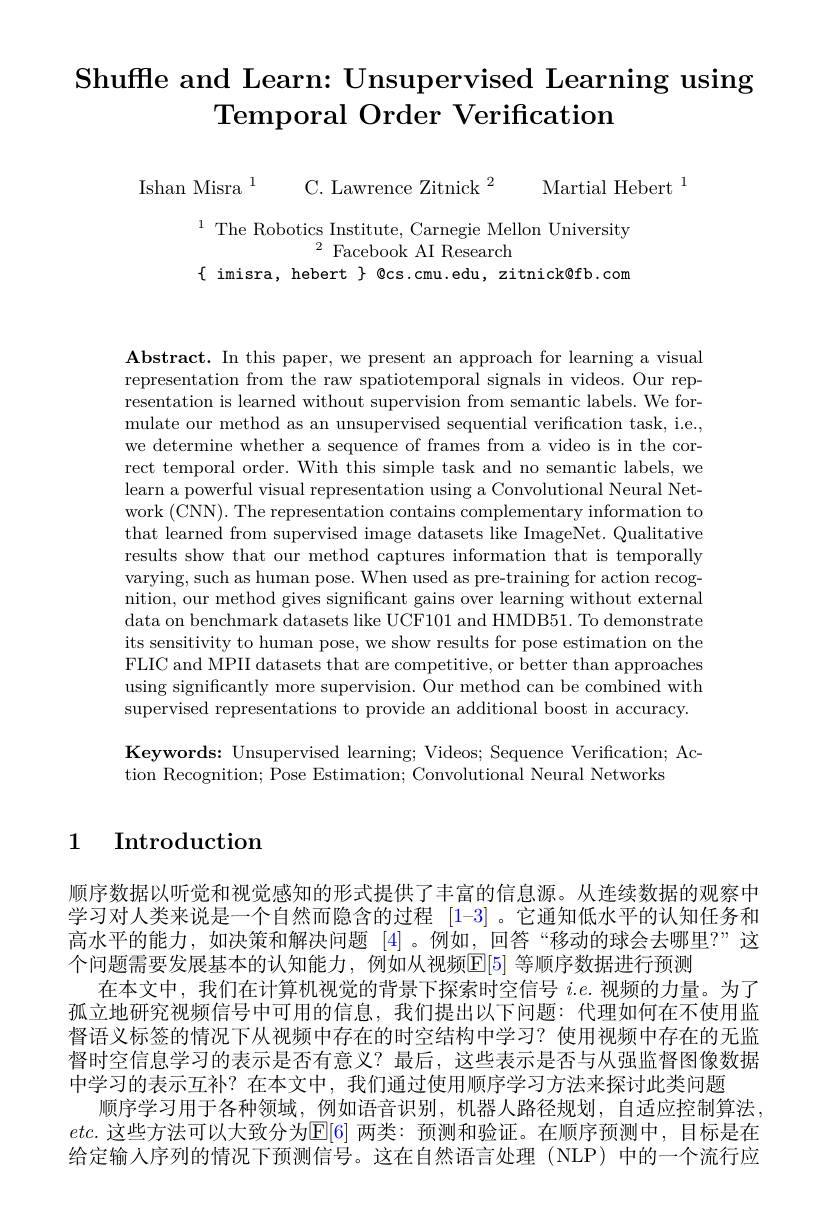
# Shuffle and Learn: Unsupervised Learning using Temporal Order Verification

Ishan Misra$^{1}$ C. Lawrence Zitnick$^{2}$ Martial Hebert$^{1}$

$^{1}$ The Robotics Institute, Carnegie Mellon University
$^{2}$ Facebook AI Research
$\{$ imisra, hebert $\}$ @cs.cmu.edu, zitnick@fb.com

$\textbf{Abstract. In this paper, we present an approach for learning a visual}$ representation from the raw spatiotemporal signals in videos. Our representation is learned without supervision from semantic labels. We formulate our method as an unsupervised sequential verification task, i.e., we determine whether a sequence of frames from a video is in the correct temporal order. With this simple task and no semantic labels, we learn a powerful visual representation using a Convolutional Neural Network (CNN). The representation contains complementary information to that learned from supervised image datasets like ImageNet. Qualitative results show that our method captures information that is temporally varying, such as human pose. When used as pre-training for action recognition, our method gives significant gains over learning without external data on benchmark datasets like UCF101 and HMDB51. To demonstrate its sensitivity to human pose, we show results for pose estimation on the FLIC and MPII datasets that are competitive, or better than approaches using significantly more supervision. Our method can be combined with supervised representations to provide an additional boost in accuracy.

Keywords: Unsupervised learning; Videos; Sequence Verification; Ac-
tion Recognition; Pose Estimation; Convolutional Neural Networks

## 1 Introduction

顺序数据以听觉和视觉感知的形式提供了丰富的信息源。从连续数据的观察中学习对人类来说是一个自然而隐含的过程 [1-3] 。它通知低水平的认知任务和高水平的能力，如决策和解决问题[4] 。例如，回答“移动的球会去哪里？”这个问题需要发展基本的认知能力，例如从视频E[5]等顺序数据进行预测
在本文中，我们在计算机视觉的背景下探索时空信号 $i.e.$视频的力量。为了孤立地研究视频信号中可用的信息，我们提出以下问题：代理如何在不使用监督语义标签的情况下从视频中存在的时空结构中学习？使用视频中存在的无监督时空信息学习的表示是否有意义？最后，这些表示是否与从强监督图像数据中学习的表示互补？在本文中，我们通过使用顺序学习方法来探讨此类问题
顺序学习用于各种领域，例如语音识别，机器人路径规划，自适应控制算法， $etc.$ 这些方法可以大致分为$\boxed{\mathrm{E}}[6]$ 两类：预测和验证。在顺序预测中，目标是在给定输入序列的情况下预测信号。这在自然语言处理(NLP)中的一个流行应